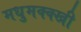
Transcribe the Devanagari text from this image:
मधुमक्क्खी